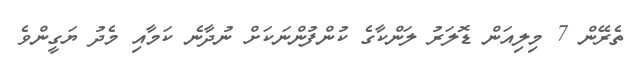
ތެރޭން 7 މިލިއަން ޑޮލަރު ލަންކާގެ ކުންފުންނަކަށް ނުދާނެ ކަމާއި މެދު ޔަގީންވެ